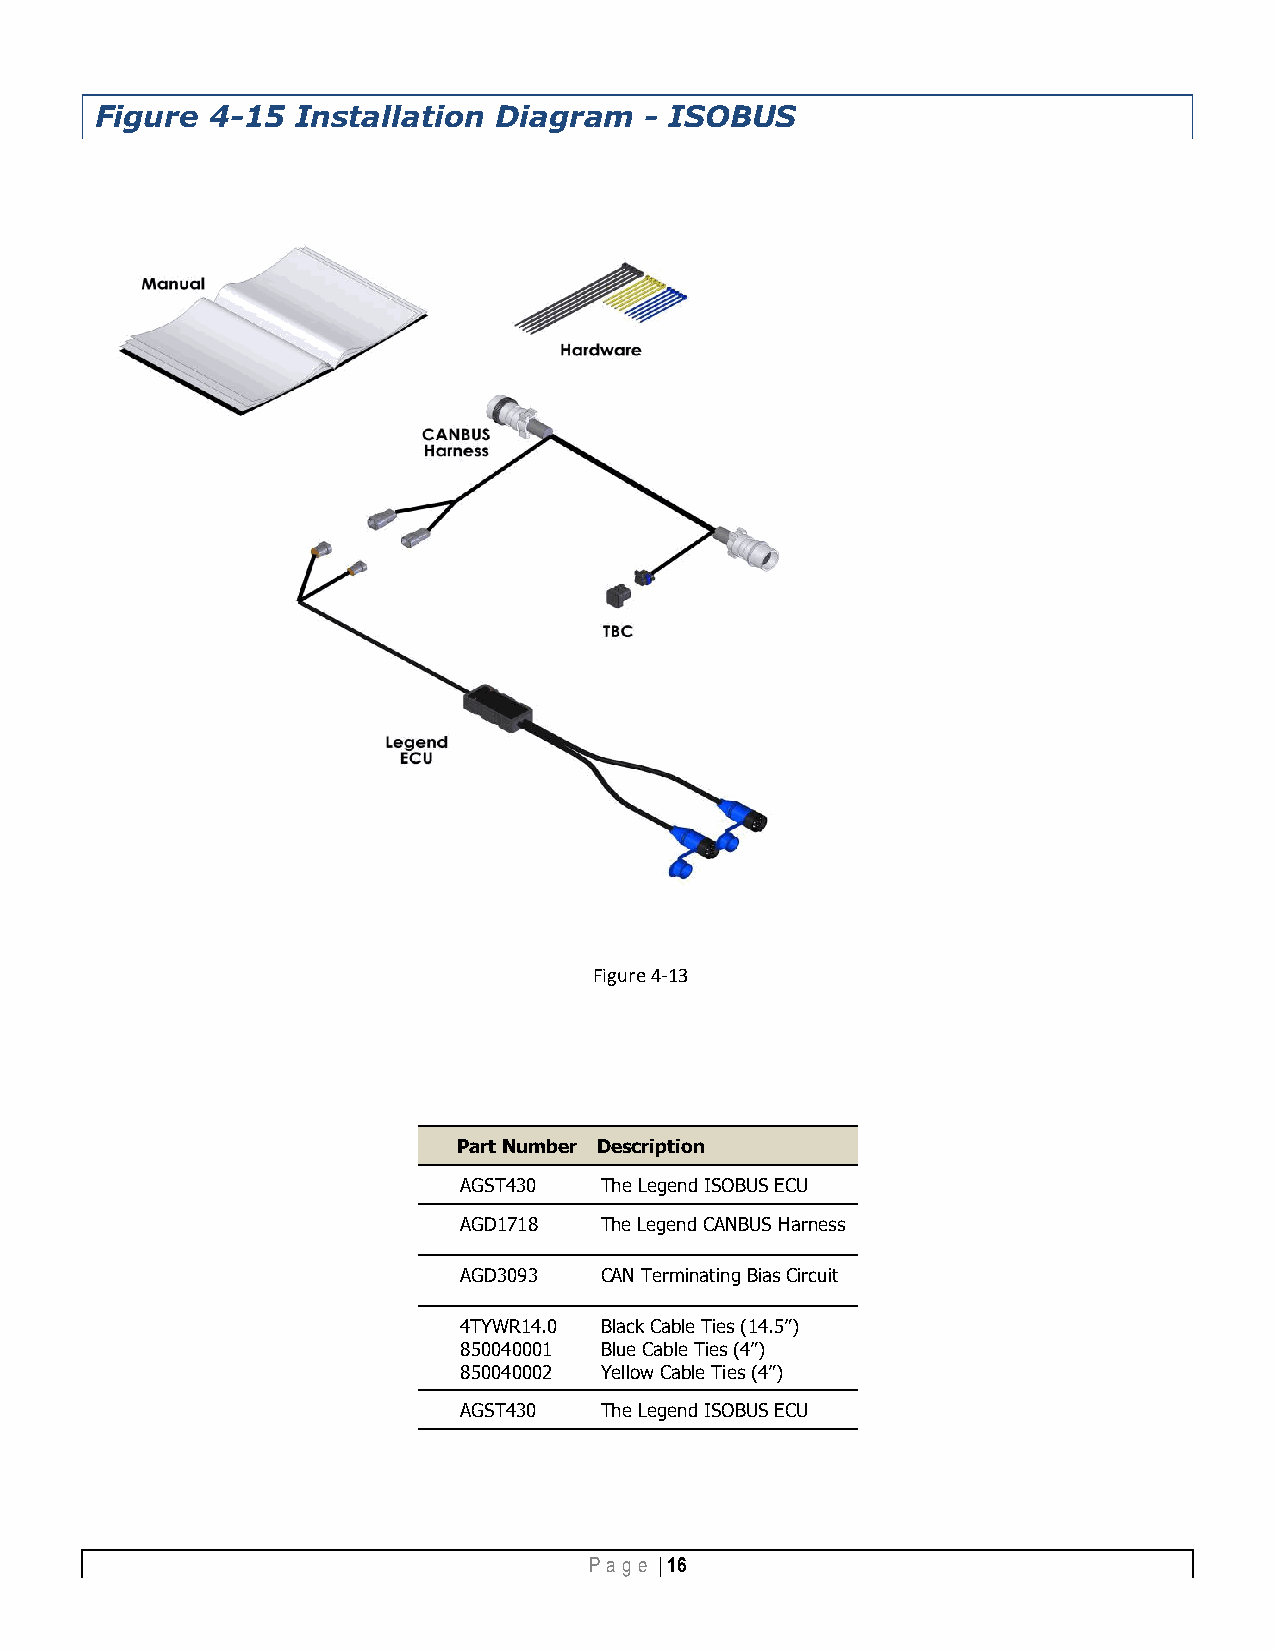
Figure  4-15  Installation Diagram   - ISOBUS
 Figure 4-13
 Part Number Description
 AGST430   The Legend ISOBUS ECU
 AGD1718   The Legend CANBUS Harness
 AGD3093   CAN Terminating Bias Circuit
 4TYWR14.0 Black Cable Ties (14.5”)
 850040001 Blue Cable Ties (4”)
 850040002 Yellow Cable Ties (4”)
 AGST430   The Legend ISOBUS ECU
 Pa g e | 16